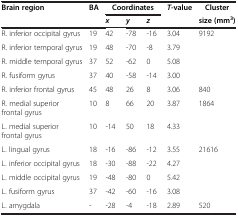
| Brain region | BA | <COLSPAN=3> Coordinates | T -value | Cluster |
 |  |  | x | y | z |  | size (mm3) |
 | --- | --- | --- | --- | --- | --- | --- |
 | R. inferior occipital gyrus | 19 | 42 | -78 | -16 | 3.04 | 9192 |
 | R. inferior temporal gyrus | 19 | 48 | -70 | -8 | 3.79 |  |
 | R. middle temporal gyrus | 37 | 52 | -62 | 0 | 5.08 |  |
 | R. fusiform gyrus | 37 | 40 | -58 | -14 | 3.00 |  |
 | R. inferior frontal gyrus | 45 | 48 | 26 | 8 | 3.06 | 840 |
 | R. medial superior frontal gyrus | 10 | 8 | 66 | 20 | 3.87 | 1864 |
 | L. medial superior frontal gyrus | 10 | -14 | 50 | 18 | 4.33 |  |
 | L. lingual gyrus | 18 | -16 | -86 | -12 | 3.55 | 21616 |
 | L. inferior occipital gyrus | 18 | -30 | -88 | -22 | 4.27 |  |
 | L. middle occipital gyrus | 19 | -48 | -80 | 0 | 5.42 |  |
 | L. fusiform gyrus | 37 | -42 | -60 | -16 | 3.08 |  |
 | L. amygdala | - | -28 | -4 | -18 | 2.89 | 520 |